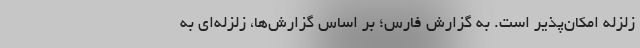
زلزله امکان‌پذیر است. به گزارش فارس؛ بر اساس گزارش‌ها، زلزله‌ای به